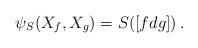
LaTeX: \begin{align*}\psi_{S}(X_{f},X_{g}) = S([fdg])\,.\end{align*}